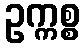
ဥက္ကစ္စ